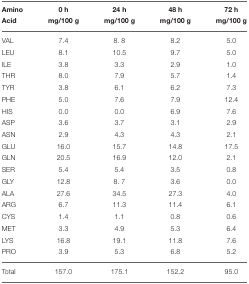
| Amino | 0 h | 24 h | 48 h | 72 h |
 | Acid | mg/100 g | mg/100 g | mg/100 g | mg/100 g |
 | --- | --- | --- | --- | --- |
 | VAL | 7.4 | 8.8 | 8.2 | 5.0 |
 | LEU | 8.1 | 10.5 | 9.7 | 5.0 |
 | ILE | 3.8 | 3.3 | 2.9 | 1.0 |
 | THR | 8.0 | 7.9 | 5.7 | 1.4 |
 | TYR | 3.8 | 6.1 | 6.2 | 7.3 |
 | PHE | 5.0 | 7.6 | 7.9 | 12.4 |
 | HIS | 0.0 | 0.0 | 6.9 | 7.6 |
 | ASP | 3.6 | 3.7 | 3.1 | 2.9 |
 | ASN | 2.9 | 4.3 | 4.3 | 2.1 |
 | GLU | 16.0 | 15.7 | 14.8 | 17.5 |
 | GLN | 20.5 | 16.9 | 12.0 | 2.1 |
 | SER | 5.4 | 5.4 | 3.5 | 0.8 |
 | GLY | 12.8 | 8.7 | 3.6 | 0.0 |
 | ALA | 27.6 | 34.5 | 27.3 | 4.0 |
 | ARG | 6.7 | 11.3 | 11.4 | 6.1 |
 | CYS | 1.4 | 1.1 | 0.8 | 0.6 |
 | MET | 3.3 | 4.9 | 5.3 | 6.4 |
 | LYS | 16.8 | 19.1 | 11.8 | 7.6 |
 | PRO | 3.9 | 5.3 | 6.8 | 5.2 |
 | Total | 157.0 | 175.1 | 152.2 | 95.0 |